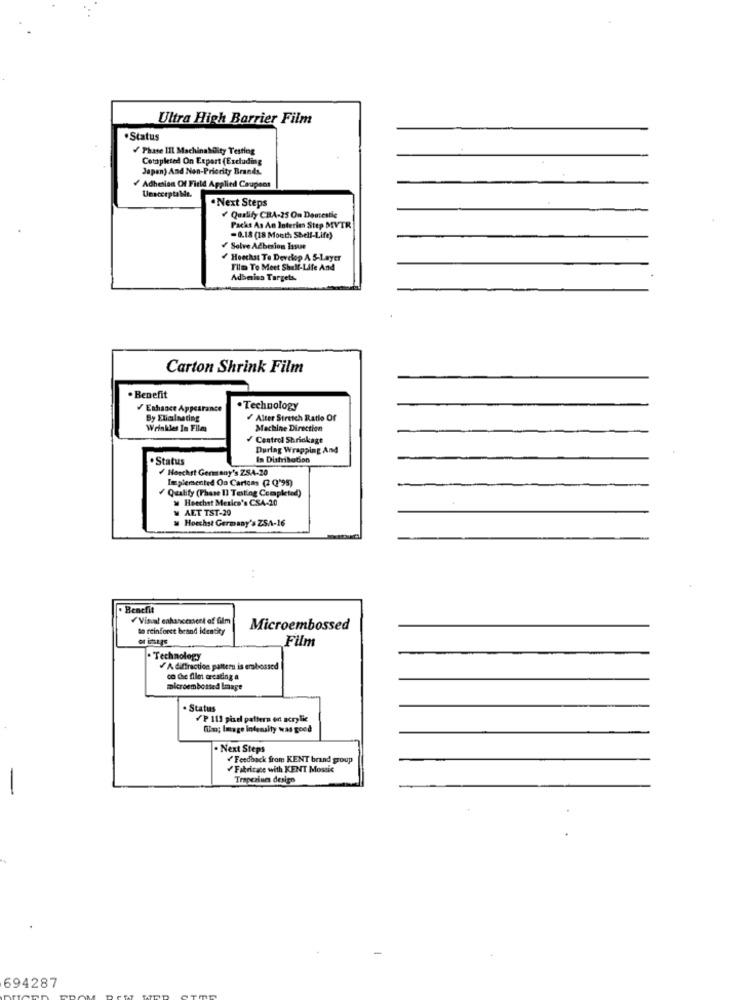
Ultra High Barrier Film
.Status
/ Phase III Machinability Testing
Completed On Expert (Excluding
Japan) And Non-Priority Brands.
Adhesion Of Field Applied Coupons
Unacceptalde.
. Next Steps
Qualify CRA-25 On Doutesile
Packs As An Interie Step MVTR
=0.18 (18 Month Shell-Life)
Solve Acbesion Issue
Hoechst To Develop A S-Layer
Film To Meet Shell-Life And
Adbmisa Targets.
Carton Shrink Film
· Benefit
/Enhance Appeara
. Technology
By Eliminating
Alter Stretch Ratio Of
Wrinkles In Film
Machine Direction
Centrol Shrinkage
During Wrapping And
.Status
In DistriboGan
/ Herchst Germany's ZSA-20
Implemented Oa Cartons (2 Q'95)
Quality (Phone II Testing Completed)
> Heechet Mexico's CSA-20
AET TST-20
Hoechst Germany's ZSA-16
Benefit
Visval enhancement of film
to reinforet brand identity
Microembossed
Film
· Technology
A diffraction pantera is embossed
co Che filet creating a
microembossed Image
Status
/P Ill pixel pattern en acrylic
fin; Image intensity was goed
. Next Steps
Feedback from KENT brand group
Fabricace with KENT Mosaic
Trapeziues design
694287